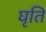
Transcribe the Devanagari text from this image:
घृति